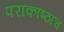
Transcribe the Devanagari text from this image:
पराकाष्ठाच